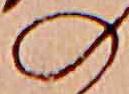
の